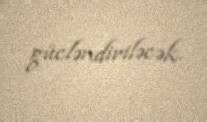
gücləndiriləcək.